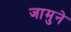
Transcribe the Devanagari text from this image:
जामुने